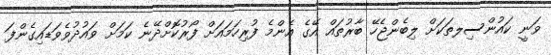
ވަނީ ކައުންސިލތަކަށް ލިބެންޖެހޭ ބާރުތައް އޭގެ އެންމެ ފުރިހަމައަށް ފޯރުކޮށްދޭނެ ކަމަށް ވައުދުވެވަޑައިގެންފަ